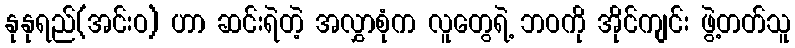
နုနုရည်(အင်းဝ) ဟာ ဆင်းရဲတဲ့ အလွှာစုံက လူတွေရဲ့ ဘဝကို အိုင်ကျင်း ဖွဲ့တတ်သူ